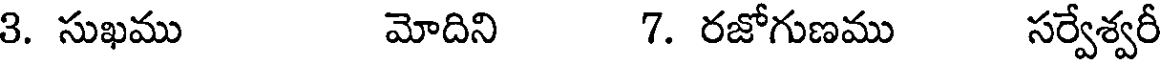
3. సుఖము మోదిని 7. రజోగుణము సర్వేశ్వరీ